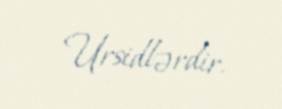
Ursidlərdir.